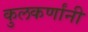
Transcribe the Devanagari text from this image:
कुलकर्णांनी